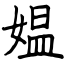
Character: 媪